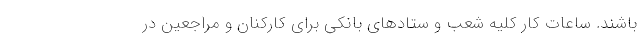
باشند. ساعات کار کلیه شعب و ستادهای بانکی برای کارکنان و مراجعین در